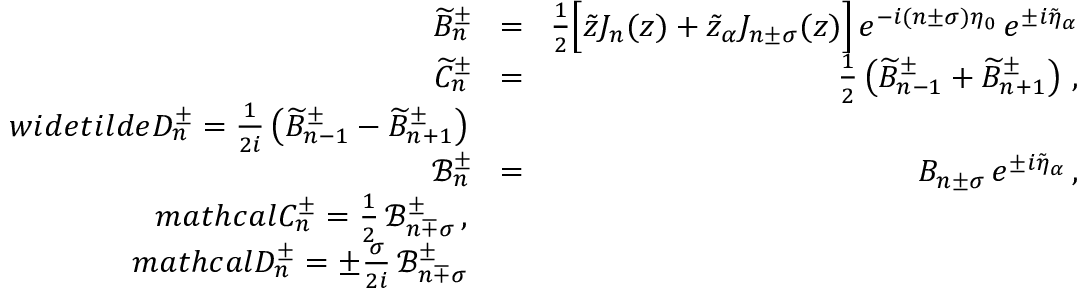
\begin{array} { r l r } { \widetilde { B } _ { n } ^ { \pm } \! } & { = } & { \! \frac { 1 } { 2 } \Big [ \tilde { z } J _ { n } ( z ) + \tilde { z } _ { \alpha } J _ { n \pm \sigma } ( z ) \Big ] \, e ^ { - i ( n \pm \sigma ) \eta _ { 0 } } \, e ^ { \pm i \tilde { \eta } _ { \alpha } } } \\ { \widetilde { C } _ { n } ^ { \pm } \! } & { = } & { \! \frac { 1 } { 2 } \left( \widetilde { B } _ { n - 1 } ^ { \pm } + \widetilde { B } _ { n + 1 } ^ { \pm } \right) \, , } \\ { w i d e t i l d e { D } _ { n } ^ { \pm } = \frac { 1 } { 2 i } \left( \widetilde { B } _ { n - 1 } ^ { \pm } - \widetilde { B } _ { n + 1 } ^ { \pm } \right) } \\ { \mathcal { B } _ { n } ^ { \pm } \! } & { = } & { \! B _ { n \pm \sigma } \, e ^ { \pm i \tilde { \eta } _ { \alpha } } \, , } \\ { m a t h c a l { C } _ { n } ^ { \pm } = \frac { 1 } { 2 } \, \mathcal { B } _ { n \mp \sigma } ^ { \pm } \, , } \\ { m a t h c a l { D } _ { n } ^ { \pm } = \pm \frac { \sigma } { 2 i } \, \mathcal { B } _ { n \mp \sigma } ^ { \pm } } \end{array}